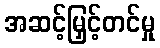
အဆင့်မြှင့်တင်မှု